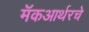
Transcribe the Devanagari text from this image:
मॅकआर्थरचे